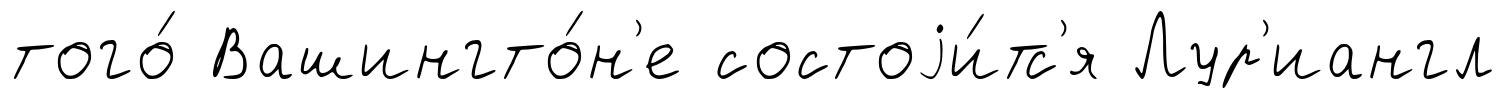
того́ Вашингто́н'е состоjи́тс'я Лур'иангл